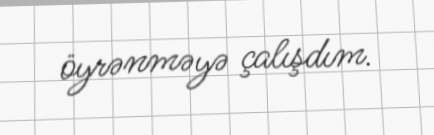
öyrənməyə çalışdım.